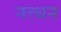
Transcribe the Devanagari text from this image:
नत्थन